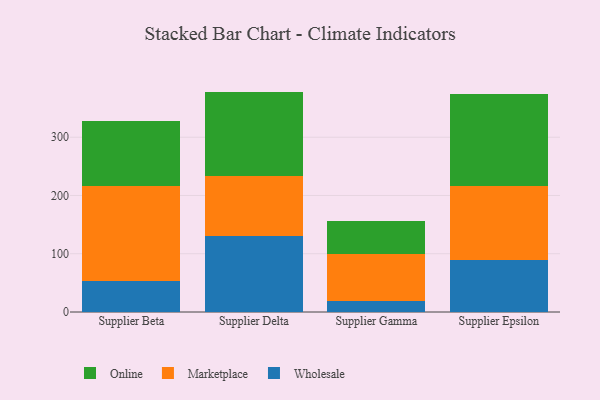
{"axis": {"x": "Supplier", "y": "Headcount"}, "legend": ["Marketplace", "Online", "Wholesale"], "data": [{"x": "Supplier Beta", "y": 53.7, "type": "Wholesale"}, {"x": "Supplier Beta", "y": 162.9, "type": "Marketplace"}, {"x": "Supplier Beta", "y": 111.8, "type": "Online"}, {"x": "Supplier Delta", "y": 130.2, "type": "Wholesale"}, {"x": "Supplier Delta", "y": 103.6, "type": "Marketplace"}, {"x": "Supplier Delta", "y": 144.5, "type": "Online"}, {"x": "Supplier Gamma", "y": 19.5, "type": "Wholesale"}, {"x": "Supplier Gamma", "y": 80.6, "type": "Marketplace"}, {"x": "Supplier Gamma", "y": 55.5, "type": "Online"}, {"x": "Supplier Epsilon", "y": 89.7, "type": "Wholesale"}, {"x": "Supplier Epsilon", "y": 126.0, "type": "Marketplace"}, {"x": "Supplier Epsilon", "y": 158.7, "type": "Online"}]}